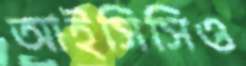
আইসিসিও